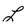
Character: L